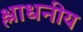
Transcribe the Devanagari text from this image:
श्लाधनीय